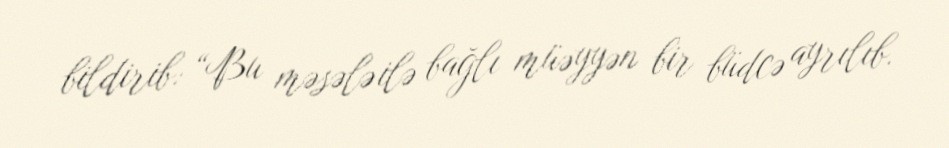
bildirib: “Bu məsələ ilə bağlı müəyyən bir büdcə ayrılıb.